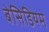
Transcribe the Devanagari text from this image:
बेसिडियम